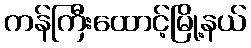
ကန်ကြီးထောင့်မြို့နယ်